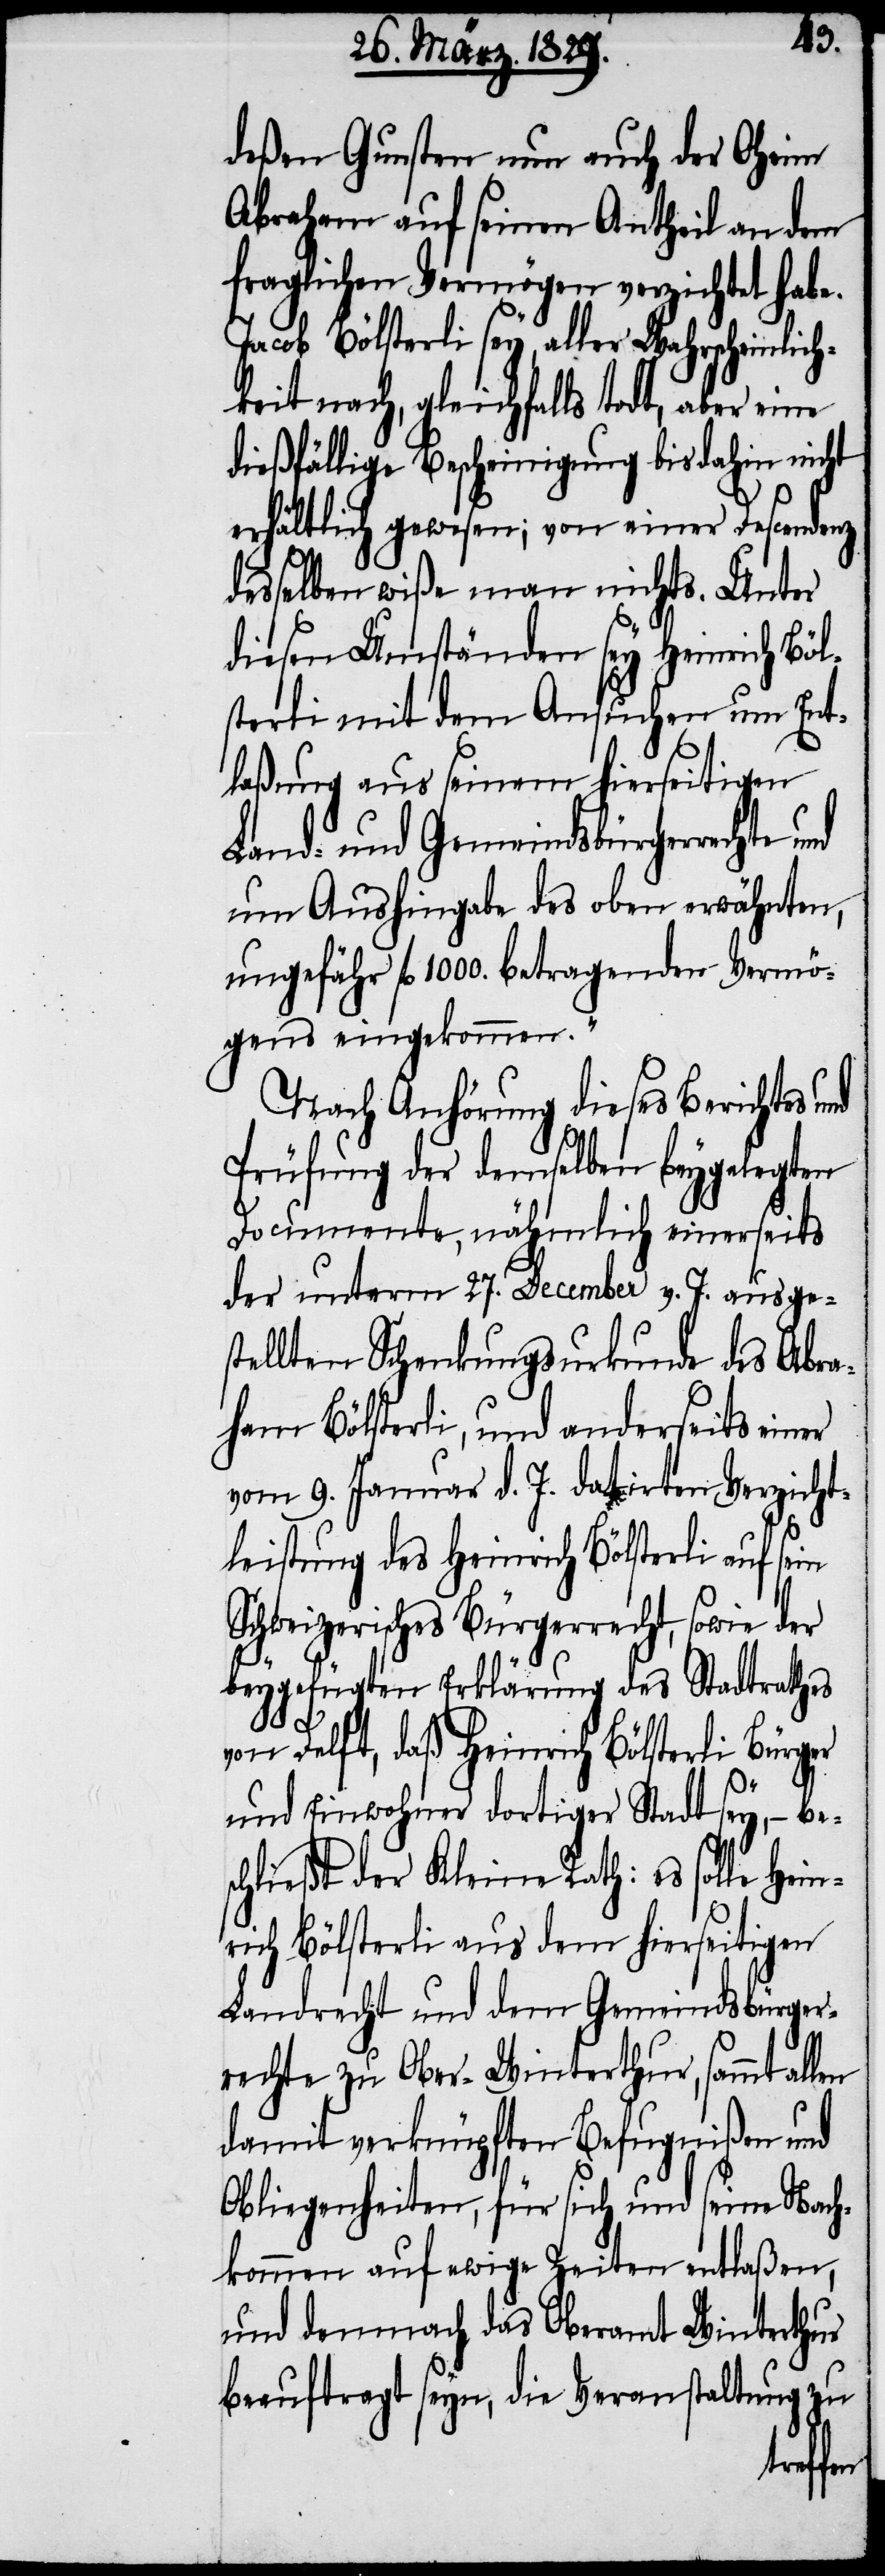
deßen Gunsten nun auch der Oheim
Abraham auf seinen Antheil an dem
fraglichen Vermögen verzichtet hab¬
Jacob Bölsterli sey, aller Wahrscheinlich¬
keit nach, gleichfalls todt, aber eine
dießfällige Bescheinigung bis dahin nicht
erhältlich gewesen; von einer Descendenz
desselben wiße man nichts. Unter
diesen Umständen sey Heinrich Böl¬
sterli mit dem Ansuchen um Ent¬
laßung aus seinem hierseitigen
Land- und Gemeindsbürgerrechte und
um Aushingabe des oben erwähnten,
ungefähr fl. 1000. betragenden Vermö¬
gens eingekommen.“
Nach Anhörung diese Berichtes und
Prüfung des demselben beygelegten
Documente, nähmlich einerseits
der unterm 27. December v. J. ausges¬
tellten Schenkungsurkunde des Abra¬
ham Bölsterli, und anderseits einer
vom 9. Januar d. J. datirten Verzicht¬
leistung des Heinrich Bölsterli auf
Schweizerisches Bürgerrecht, sowie der
beygefügten Erklärung des Stadtrathes
von Delft, daß Heinrich Bölsterli Bürger
e.
und Einwohner dortiger Stadt sey,– be¬
schließt der Kleine Rath: es solle Hein¬
rich Bölsterli aus dem hierseitigen
Landrecht und dem Gemeindsbürger¬
rechte zu Ober-Winterthur, sammt
damit verknüpften Befugnißen und
Obliegenheiten, für sich und seine Nach¬
kommen auf ewige Zeiten entlaßen,
und demnach das Oberamt Winterthur
beauftragt seyn, die Veranstaltung zu